Leaving Certificate Examination, 1907
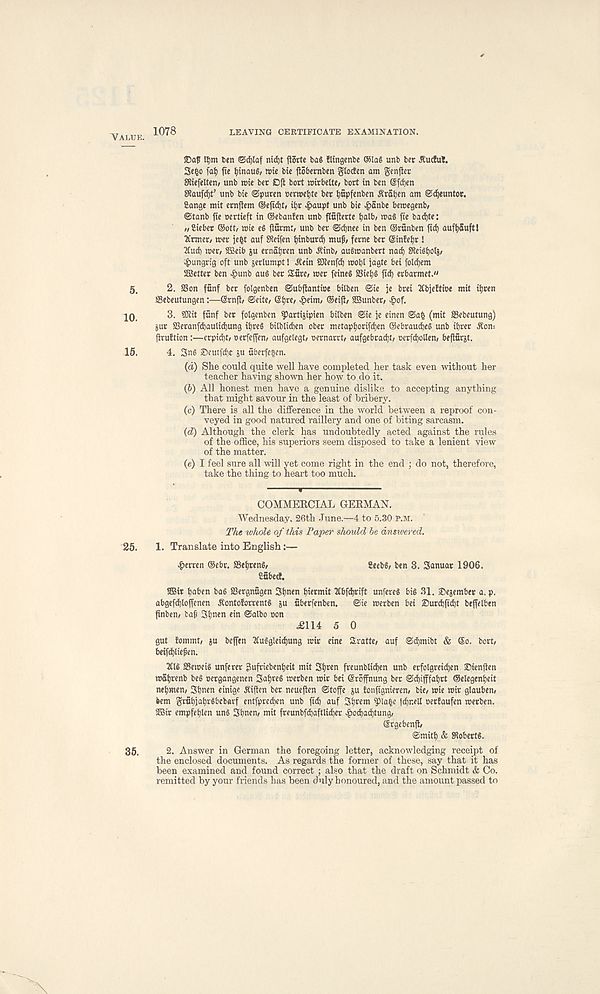
VALUE.
LEAVING CERTIFICATE EXAMINATION.
1078
tfjm ten ©d)taf nid)t ftorte bag Kingenbe @la§ unb ber Rueful.
Se^o fat) fie fyinauS, wte bie ftobernben gtocten am genfter
Sftiefelten, unb wie bet Off bort mirbelte/ bort in ben Sfdjen
SRaufrfjt’ unb bie ©puren terwe^te bet tjupfenben Sratjen am ©^euntot.
ftange mit ernftem ®efid)t» it)t -f)aupt unb bie £anbe beraegenb,
©tanb fie oertieft in ©ebanfen unb flufieete fialb, ma8 fie badjte:
</ Ciebet ®otf/ mie eg jlurmt, unb ber ©djnee in ben ©runben fid) auft)Suftl
firmer/ met je§t auf SReifen tjinburd) muf, feme ber Sinfetjt J
2fud) met/ SBeib ju erna^ren unb Jbinb, aubroanbert nad) CReig^olj/
vf)ungrig oft unb jerlumpt 1 A'ein SDtenfd) mobl jagte bet fotd)em
^Better ben ^>unb aug ber Sure/ met fetneg 2Siet)g fid) erbarmet."
5,
2. SSon fanf ber folgenben ©ubftantioe bilben ©ie je brei ttbjeEtioe mit ifjren
Sebeutungen:—©rnfi; ©eite/ ©t)re, ^)eim/ ©eift, SBunbet/ ^>of.
JO.
3. SRit funf bet folgenben ^artijipien bilben ©ie je einen ©afc (mit SSebcutung)
Sur SSeranfdjaulidjung ibreg bilblidjen ober metaptjorifdjen ©ebraudieg unb ibrer ^on:
jiruftion:—crpidjt/ oerfeffen/ aufgelegt/ oernarrt/ aufgebrad)t/ oerfdbollen/ befiurjt.
15.
4. 2>ng ©eutfd)C ju uberfe^en.
(а) She could quite well have completed her task even without her
teacher having shown her how to do it.
(б) All honest men have a genuine dislike to accepting anything
that might savour in the least of bribery.
(c) There is all the difference in the world between a reproof con-
veyed in good natured raillery and one of biting sarcasm.
(d) Although the clerk has undoubtedly acted against the rules
of the office, his superiors seem disposed to take a lenient view
of the matter.
(e) I feel sure all will yet come right in the end ; do not, therefore,
take the thing to heart too much.
COMMEECIAL GERMAN.
Wednesday, 26th June.—4 to 5.30 P.M.
The whole of this Paper should be answered.
25.
1. Translate into English:—
£erren ©cbr. a3«b«ng/
Seebg, ben 3. Sanuar 1906.
Cubed.
tffiir baben bag SSergnugen Sbnen bkrntit Hbfdjrtft unfereg big 31. Sejember a. p.
abgefd)loffenen ^ontoforrentg ju uberfenben.
©ie merben bet ®urd)ftd)t bejfelben
jinbett/ baf Sb^en etn ©albo con
.£114 5 0
gut !ommt, ju beffen 3(uggletd)ung rcir eine Sratte, auf ©d)mibt & So. bort/
beifcbliefen.
3Clg SSemeig unferer gufriebenbeit mit 3b«n freunblidjen unb erfolgtetdjen 25ienften
mabrenb beg oergangenen Sabreg merben mtr bet ©roffnung ber ©djijffabrt ©elegenbeit
nebmen/ Sbnen einige Aiften ber neueften ©toffe ju Eonftgnteren, bte/ trie trir glauben/
»em grubjabrgbebarf entfpreeben unb fid) auf Sbrem pia|e jd)r.ell oerfaufen tcerben.
SSBir empfeblen ung Sb^en/ mit freunbfd)aftlid)er ^)od)ad)tung/
©rgebenft/
©mitb & SRobertg.
35.
2. Answer in German the foregoing letter, acknowledging receipt of
the enclosed documents. As regards the former of these, say that it has
been examined and found correct ; also that the draft on Schmidt & Co.
remitted by your friends has been duly honoured, and the amount passed to
X